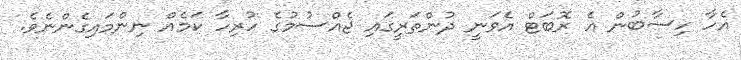
އެހާ ހިސާބުން އެ ރޮބަޓް އެވަނީ ދުންތަރީގައި ޖެއްސުމުގެ ހުރިހާ ކަމެއް ނިންމައިގެންނެވެ.